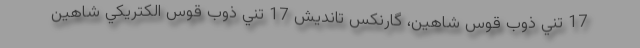
17 تني ذوب قوس شاهين، گارنكس تانديش 17 تني ذوب قوس الكتريكي شاهين